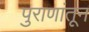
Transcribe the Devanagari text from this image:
पुराणांतून